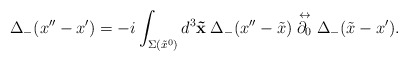
\begin{align*} \Delta_-(x''-x') = -i\int_{\Sigma(\tilde{x}^0)}d^3 {\bf \tilde{x}} \hspace{0.25em} \Delta_-(x''-\tilde{x})\stackrel{\leftrightarrow}{\partial_0}\Delta_-(\tilde{x} - x').\end{align*}